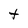
Character: t